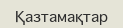
Қазтамақтар